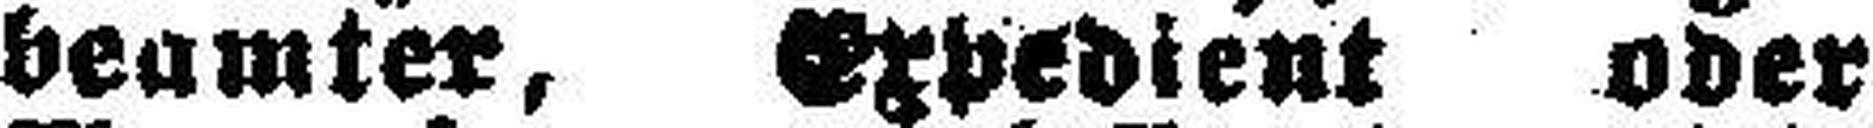
beamter, Expedient oder